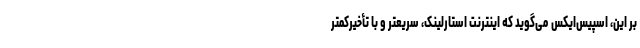
بر این، اسپیس‌ایکس می‌گوید که اینترنت استارلینک، سریعتر و با تأخیرکمتر